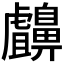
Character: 𪖸